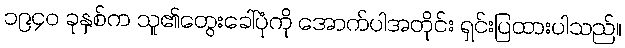
၁၉၄၀ ခုနှစ်က သူ၏တွေးခေါ်ပုံကို အောက်ပါအတိုင်း ရှင်းပြထားပါသည်။